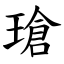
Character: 瑲